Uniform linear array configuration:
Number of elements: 16
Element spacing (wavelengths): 0.5
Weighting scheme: blackman
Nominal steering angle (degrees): -30
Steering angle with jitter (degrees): -28.093
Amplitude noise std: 0.05
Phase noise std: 0.05

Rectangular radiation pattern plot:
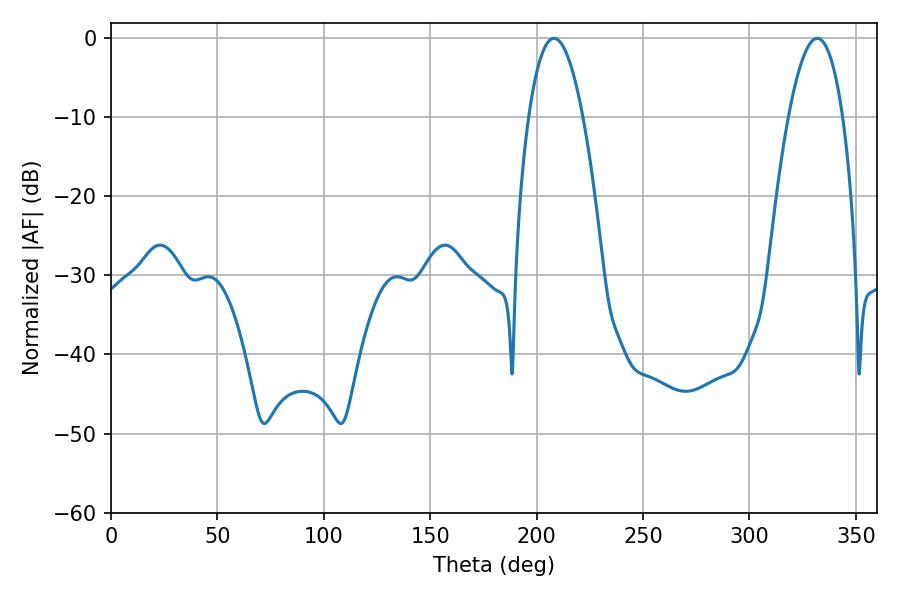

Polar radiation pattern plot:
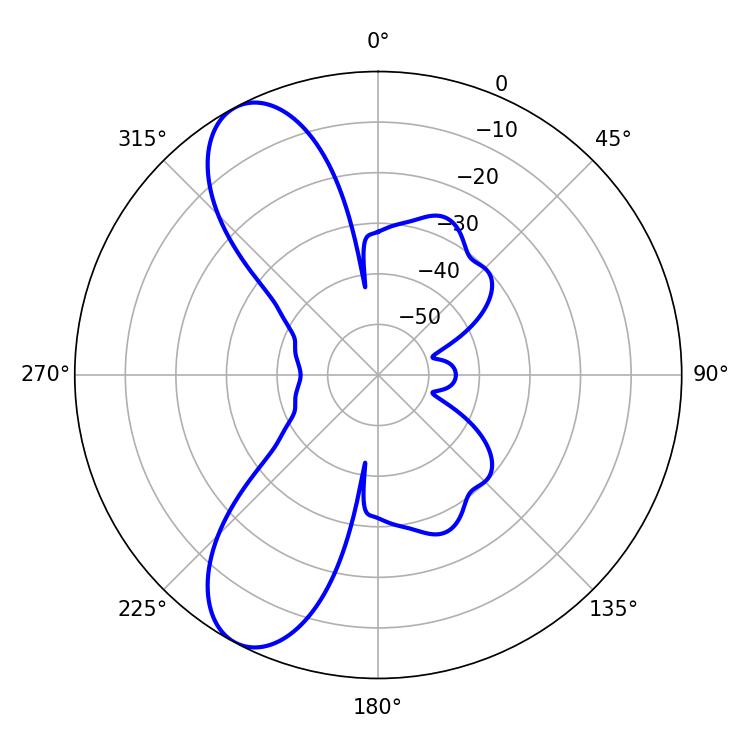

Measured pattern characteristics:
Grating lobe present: FALSE
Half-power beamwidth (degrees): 14.04
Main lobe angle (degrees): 208.08